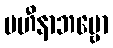
ပဟီနာဘဗ္ဗော